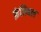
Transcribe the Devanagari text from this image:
फ़ंजिबल